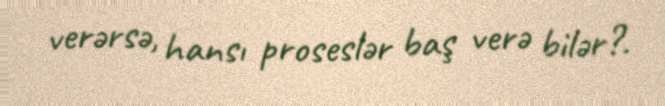
verərsə, hansı proseslər baş verə bilər?.